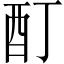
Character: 酊